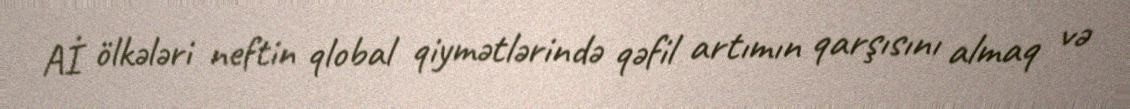
Aİ ölkələri neftin qlobal qiymətlərində qəfil artımın qarşısını almaq və